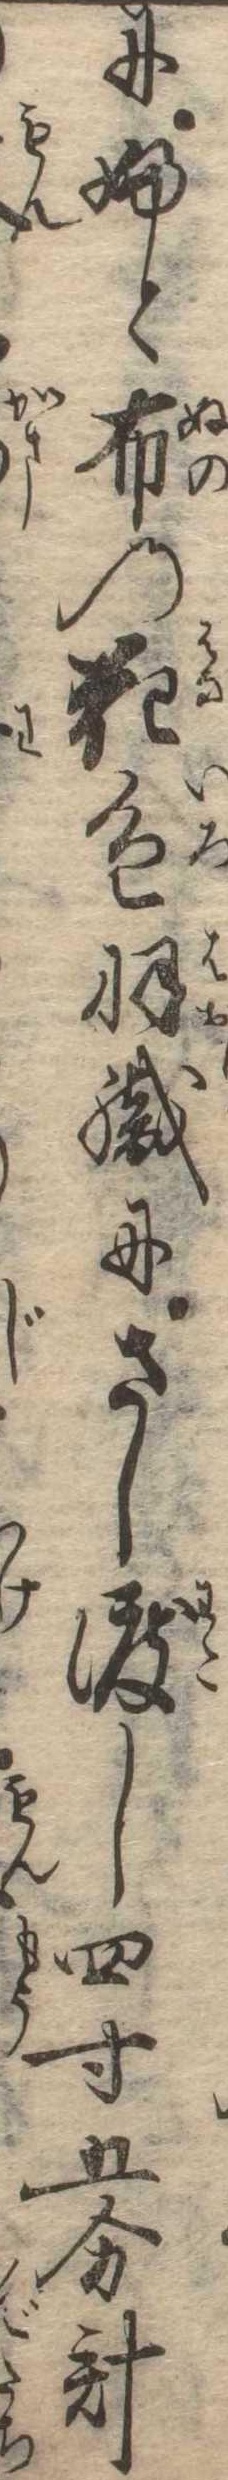
にふと布の花色羽織にさし渡し四寸五分計